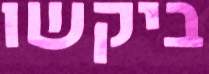
ביקשו